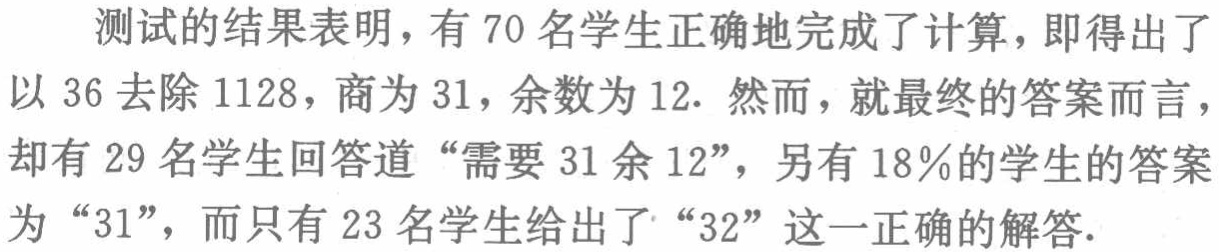
测试的结果表明，有 70 名学生正确地完成了计算，即得出了以 36 去除 1128，商为 31，余数为 12. 然而，就最终的答案而言，却有 29 名学生回答道 “需要 31 余 12”，另有 18％的学生的答案为 “31”，而只有 23 名学生给出了 “32” 这一正确的解答.